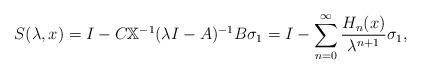
LaTeX: \begin{align*}S(\lambda,x) = I - C\mathbb X^{-1}(\lambda I - A)^{-1}B\sigma_1 = I - \sum_{n=0}^\infty \dfrac{ H_n(x)}{\lambda^{n+1}}\sigma_1,\end{align*}